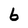
Character: 6